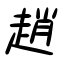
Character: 趙